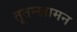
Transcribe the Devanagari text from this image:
तूतन्खामन